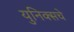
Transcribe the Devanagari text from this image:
युनिक्सचे